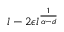
l - 2 \epsilon l ^ { \frac { 1 } { \alpha - d } }